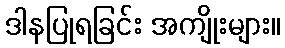
ဒါနပြုရခြင်း အကျိုးများ။